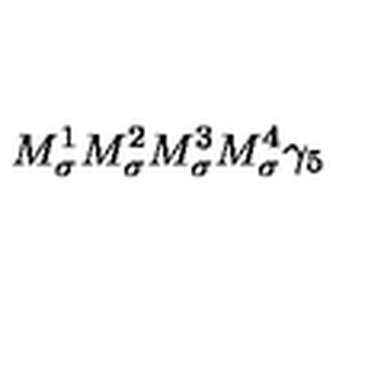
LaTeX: M _ { \sigma } ^ { 1 } M _ { \sigma } ^ { 2 } M _ { \sigma } ^ { 3 } M _ { \sigma } ^ { 4 } \gamma _ { 5 }